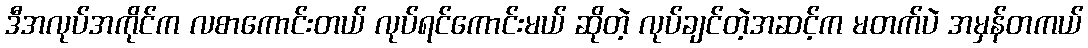
ဒီအလုပ်အကိုင်က လစာကောင်းတယ် လုပ်ရင်ကောင်းမယ် ဆိုတဲ့ လုပ်ချင်တဲ့အဆင့်က မတက်ပဲ အမှန်တကယ်